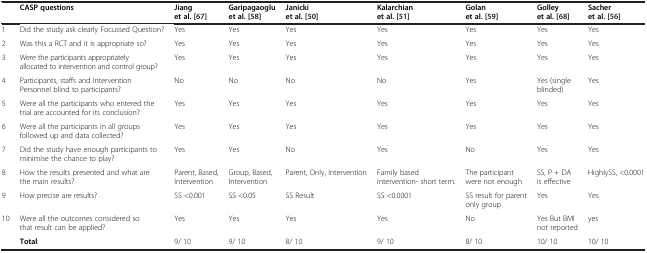
<table><thead><tr><td><b> </b></td><td><b>CASP questions</b></td><td><b>Jiang et al. [67]</b></td><td><b>Garipagaoglu et al.[58]</b></td><td><b>Janicki et al.[50]</b></td><td><b>Kalarchian et al.[51]</b></td><td><b>Golan et al.[59]</b></td><td><b>Golley et al.[68]</b></td><td><b>Sacher et al.[56]</b></td></tr></thead><tbody><tr><td>1</td><td>Did the study ask clearly Focussed Question?</td><td>Yes</td><td>Yes</td><td>Yes</td><td>Yes</td><td>Yes</td><td>Yes</td><td>Yes</td></tr><tr><td>2</td><td>Was this a RCT and it is appropriate so?</td><td>Yes</td><td>Yes</td><td>Yes</td><td>Yes</td><td>Yes</td><td>Yes</td><td>Yes</td></tr><tr><td>3</td><td>Were the participants appropriately allocated to intervention and control group?</td><td>Yes</td><td>Yes</td><td>Yes</td><td>Yes</td><td>Yes</td><td>Yes</td><td>Yes</td></tr><tr><td>4</td><td>Participants, staffs and Intervention Personnel blind to participants?</td><td>No</td><td>No</td><td>No</td><td>No</td><td>Yes</td><td>Yes (single blinded)</td><td>Yes</td></tr><tr><td>5</td><td>Were all the participants who entered the trial are accounted for its conclusion?</td><td>Yes</td><td>Yes</td><td>Yes</td><td>Yes</td><td>Yes</td><td>Yes</td><td>Yes</td></tr><tr><td>6</td><td>Were all the participants in all groups followed up and data collected?</td><td>Yes</td><td>Yes</td><td>Yes</td><td>Yes</td><td>Yes</td><td>Yes</td><td>Yes</td></tr><tr><td>7</td><td>Did the study have enough participants to minimise the chance to play?</td><td>Yes</td><td>Yes</td><td>No</td><td>Yes</td><td>No</td><td>Yes</td><td>Yes</td></tr><tr><td>8</td><td>How the results presented and what are the main results?</td><td>Parent, Based, Intervention</td><td>Group, Based, Intervention</td><td>Parent, Only, Intervention</td><td>Family based intervention- short term.</td><td>The participant were not enough</td><td>SS, P + DA is effective</td><td>HighlySS, &lt;0.0001</td></tr><tr><td>9</td><td>How precise are results?</td><td>SS &lt;0.001</td><td>SS &lt;0.05</td><td>SS Result</td><td>SS &lt;0.0001</td><td>SS result for parent only group</td><td>Yes</td><td>Yes</td></tr><tr><td>10</td><td>Were all the outcomes considered so that result can be applied?</td><td>Yes</td><td>Yes</td><td>Yes</td><td>Yes</td><td>No</td><td>Yes But BMI not reported</td><td>yes</td></tr><tr><td> </td><td><b>Total</b>:</td><td>9/ 10</td><td>9/ 10</td><td>8/ 10</td><td>9/ 10</td><td>8/ 10</td><td>10/ 10</td><td>10/ 10</td></tr></tbody></table>